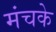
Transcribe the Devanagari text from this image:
मंचके